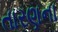
તારણના